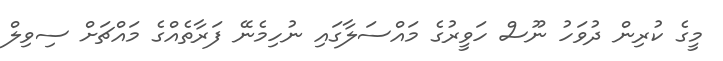
މީގެ ކުރިން ދުވަހު ނޫސް ހަވީރުގެ މައްސަލާގައި ނުހިމެނޭ ފަރާތެއްގެ މައްޗަށް ސިވިލް